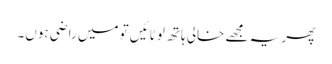
پھر یہ مجھے خالی ہاتھ لوٹائیں تو میں راضی ہوں۔